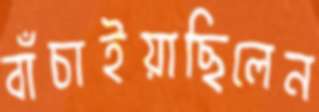
বাঁচাইয়াছিলেন